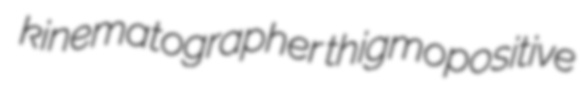
kinematographer thigmopositive